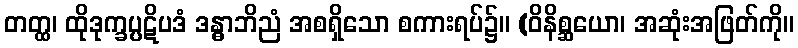
တတ္ထ၊ ထိုဒုက္ခပ္ပဋိပဒံ ဒန္ဓာဘိညံ အစရှိသော စကားရပ်၌။ (ဝိနိစ္ဆယော၊ အဆုံးအဖြတ်ကို။